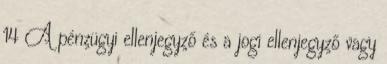
14 A pénzügyi ellenjegyző és a jogi ellenjegyző vagy